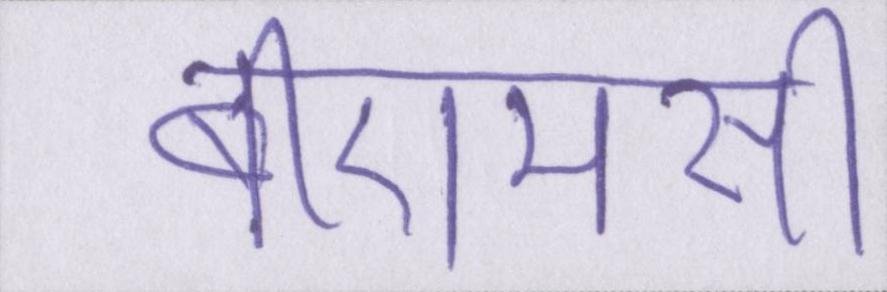
बीएमसी